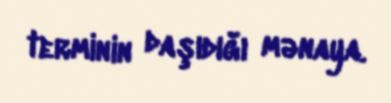
terminin daşıdığı mənaya.